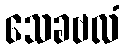
သေခဗလံ